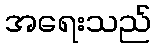
အရေးသည်